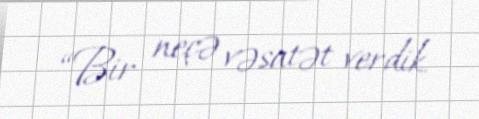
“Bir neçə vəsatət verdik.